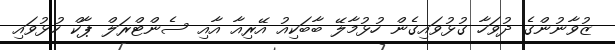
ޒުވާނުންގެ ދުވަހާ ގުޅުވައިގެން ހުޅުމާލޭ ބާބަކިއު އޭރިއާ އާއި ސެންޓްރަލް ޕާކް ހުޅުވައި